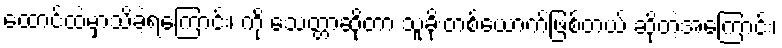
ထောင်ထဲမှာသိခဲ့ရကြောင်း၊ ကို သေတ္တာဆိုတာ သူခိုးတစ်ယောက်ဖြစ်တယ် ဆိုတဲ့အကြောင်း၊